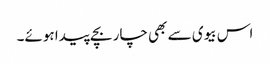
اس بیوی سے بھی چار بچے پیدا ہوئے۔